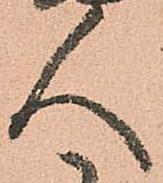
人